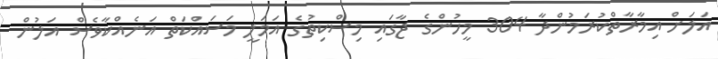
އަލަށް އިމާރާތްކުރަމުންދާ 304 މީހުންގެ ޖާގައި މިސްކިތުގެ އަމަލީ މަސައްކަތް އަނެއްކާވެސް އަލުން